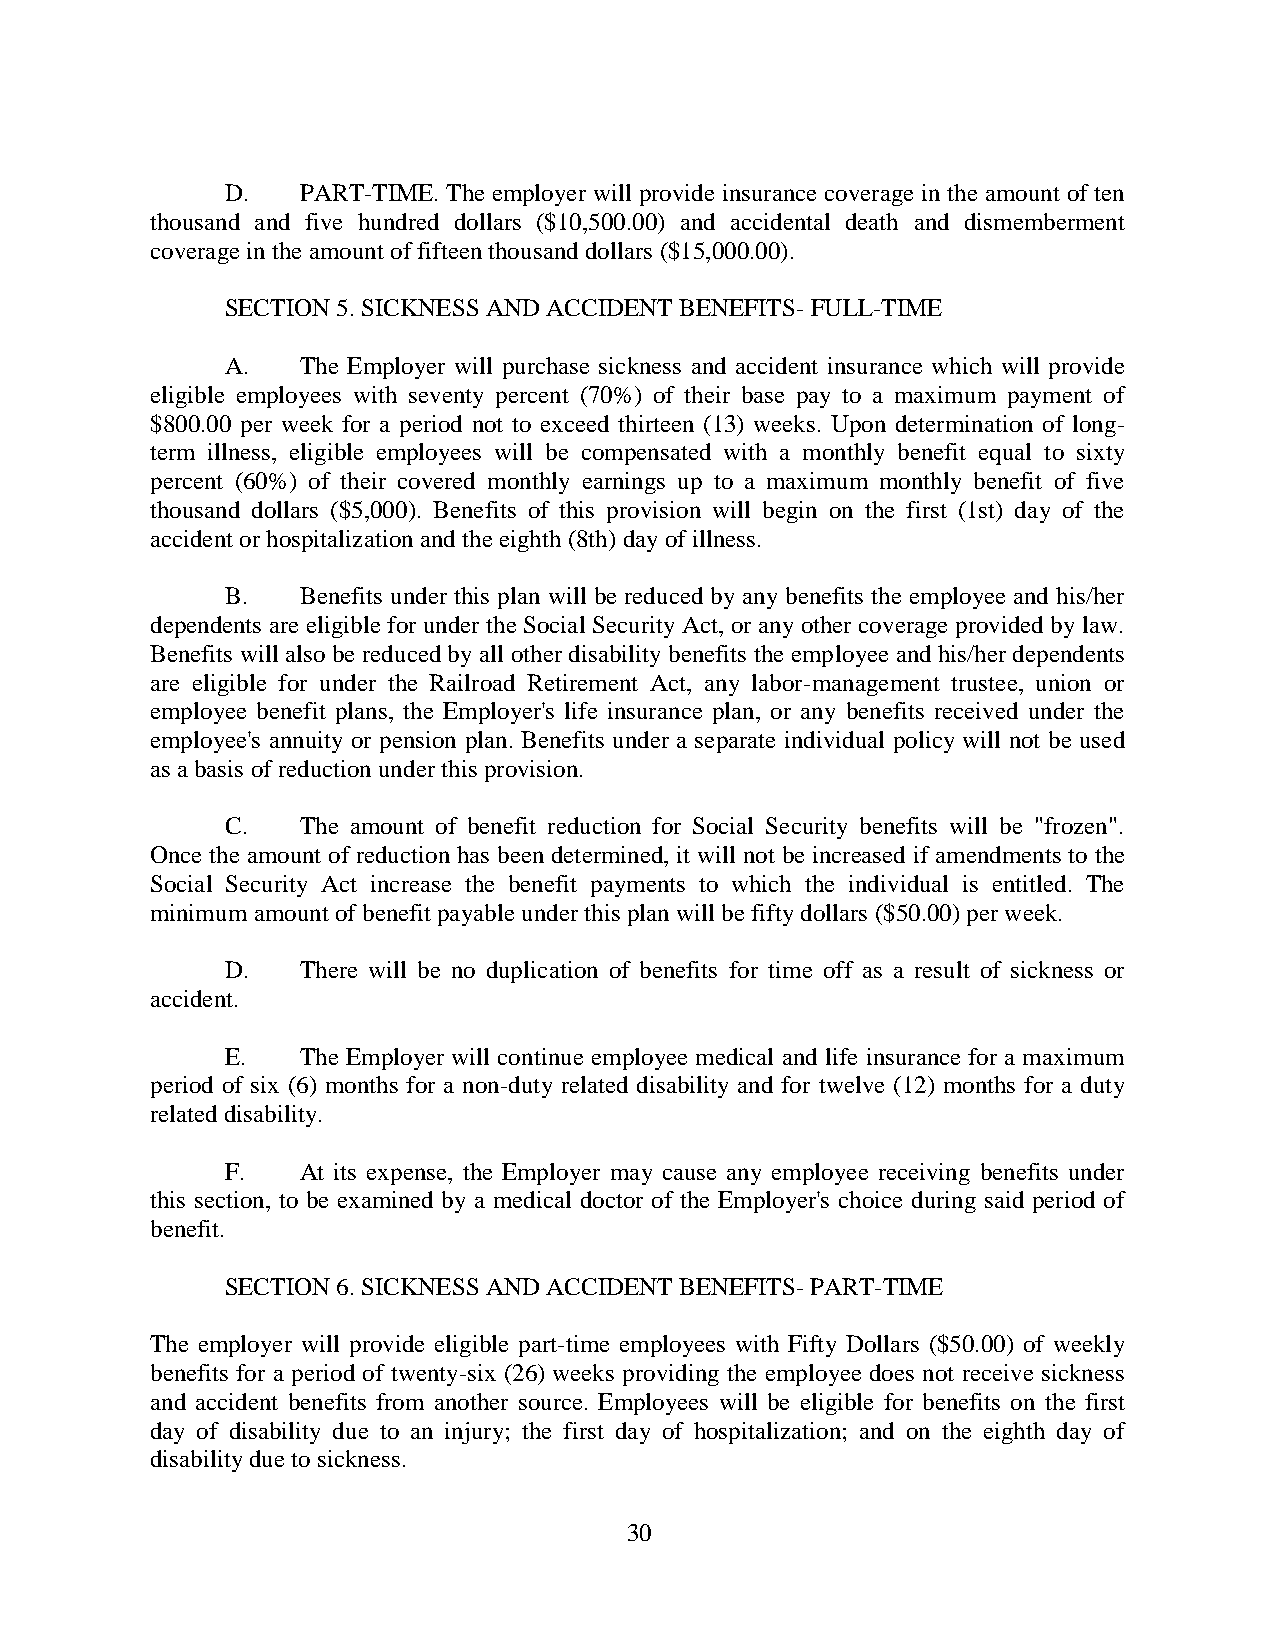
D.   PART-TIME. The employer will provide insurance coverage in the amount of ten
 thousand and five hundred dollars ($10,500.00) and accidental death and dismemberment
 coverage in the amount of fifteen thousand dollars ($15,000.00).
 SECTION 5. SICKNESS AND ACCIDENT BENEFITS- FULL-TIME
 A.   The Employer will purchase sickness and accident insurance which will provide
 eligible employees with seventy percent (70%) of their base pay to a maximum payment of
 $800.00 per week for a period not to exceed thirteen (13) weeks. Upon determination of long-
 term illness, eligible employees will be compensated with a monthly benefit equal to sixty
 percent (60%) of their covered monthly earnings up to a maximum monthly benefit of five
 thousand dollars ($5,000). Benefits of this provision will begin on the first (1st) day of the
 accident or hospitalization and the eighth (8th) day of illness.
 B.   Benefits under this plan will be reduced by any benefits the employee and his/her
 dependents are eligible for under the Social Security Act, or any other coverage provided by law.
 Benefits will also be reduced by all other disability benefits the employee and his/her dependents
 are eligible for under the Railroad Retirement Act, any labor-management trustee, union or
 employee benefit plans, the Employer's life insurance plan, or any benefits received under the
 employee's annuity or pension plan. Benefits under a separate individual policy will not be used
 as a basis of reduction under this provision.
 C.   The amount of benefit reduction for Social Security benefits will be "frozen".
 Once the amount of reduction has been determined, it will not be increased if amendments to the
 Social Security Act increase the benefit payments to which the individual is entitled. The
 minimum amount of benefit payable under this plan will be fifty dollars ($50.00) per week.
 D.   There will be no duplication of benefits for time off as a result of sickness or
 accident.
 E.   The Employer will continue employee medical and life insurance for a maximum
 period of six (6) months for a non-duty related disability and for twelve (12) months for a duty
 related disability.
 F.   At its expense, the Employer may cause any employee receiving benefits under
 this section, to be examined by a medical doctor of the Employer's choice during said period of
 benefit.
 SECTION 6. SICKNESS AND ACCIDENT BENEFITS- PART-TIME
 The employer will provide eligible part-time employees with Fifty Dollars ($50.00) of weekly
 benefits for a period of twenty-six (26) weeks providing the employee does not receive sickness
 and accident benefits from another source. Employees will be eligible for benefits on the first
 day of disability due to an injury; the first day of hospitalization; and on the eighth day of
 disability due to sickness.
 30